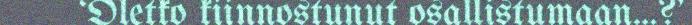
‘Oletko kiinnostunut osallistumaan…?'